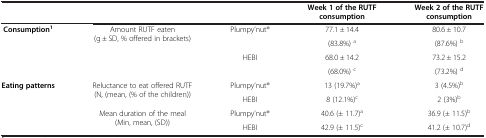
|  | <COLSPAN=2>  | Week 1 of the RUTF consumption | Week 2 of the RUTF consumption |
 | --- | --- | --- | --- | --- |
 | <ROWSPAN=4> Consumption1 | <ROWSPAN=4> Amount RUTF eaten (g ± SD, % offered in brackets) | <ROWSPAN=2> Plumpy’nut® | 77.1 ± 14.4 | 80.6 ± 10.7 |
 | (83.8%) a | (87.6%) b |
 | <ROWSPAN=2> HEBI | 68.0 ± 14.2 | 73.2 ± 15.2 |
 | (68.0%) c | (73.2%) d |
 | <ROWSPAN=4> Eating patterns | <ROWSPAN=2> Reluctance to eat offered RUTF (N, (mean, (% of the children)) | Plumpy’nut® | 13 (19.7%)a | 3 (4.5%)b |
 | HEBI | 8 (12.1%)c | 2 (3%)b |
 | <ROWSPAN=2> Mean duration of the meal (Min, mean, (SD)) | Plumpy’nut® | 40.6 (± 11.7)a | 36.9 (± 11.5)b |
 | HEBI | 42.9 (± 11.5)c | 41.2 (± 10.7)d |